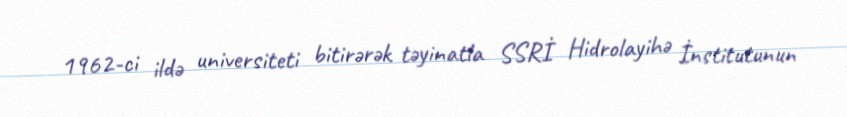
1962-ci ildə universiteti bitirərək təyinatla SSRİ Hidrolayihə İnstitutunun